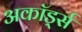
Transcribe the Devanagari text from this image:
अकॉर्ड्स